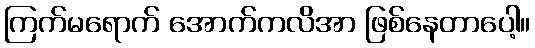
ကြက်မရောက် အောက်ကလိအာ ဖြစ်နေတာပေါ့။